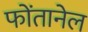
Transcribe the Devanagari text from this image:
फोंतानेल